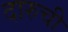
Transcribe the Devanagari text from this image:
दारुची